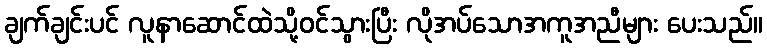
ချက်ချင်းပင် လူနာဆောင်ထဲသို့ဝင်သွားပြီး လိုအပ်သောအကူအညီများ ပေးသည်။